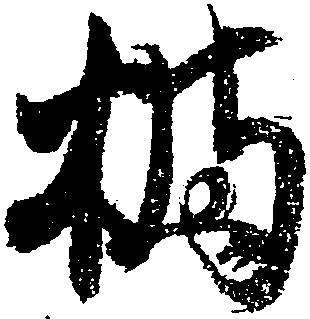
橘